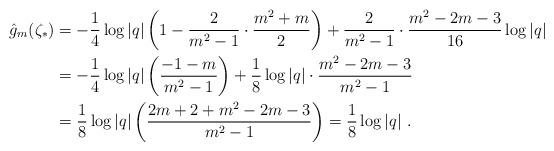
LaTeX: \begin{align*}\hat{g}_m(\zeta_*) &= -\frac{1}{4} \log |q| \left(1-\frac{2}{m^2-1}\cdot \frac{m^2+m}{2}\right) +\frac{2}{m^2-1} \cdot \frac{m^2-2m-3}{16}\log|q|\\&=-\frac{1}{4}\log|q| \left(\frac{-1-m}{m^2-1}\right) + \frac{1}{8}\log|q| \cdot \frac{m^2-2m-3}{m^2-1}\\& = \frac{1}{8}\log|q| \left(\frac{2m+2+m^2-2m-3}{m^2-1}\right) = \frac{1}{8} \log|q|\ .\end{align*}